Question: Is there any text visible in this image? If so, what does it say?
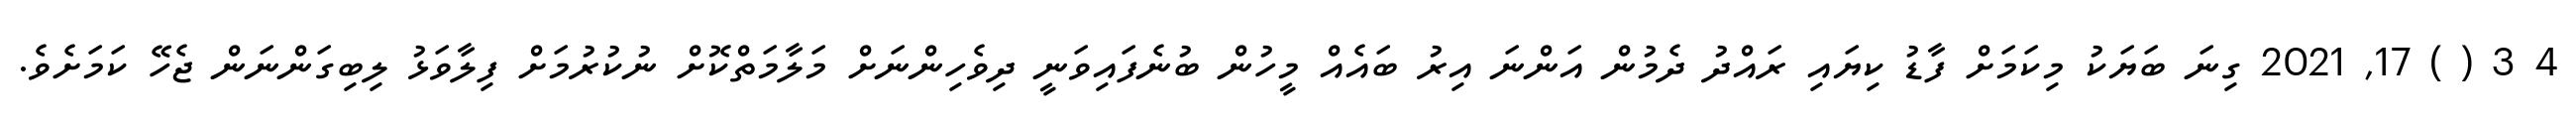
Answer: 4 3 ( ) 17, 2021 ގިނަ ބަޔަކު މިކަމަށް ފާޑު ކިޔައި ރައްދު ދެމުން އަންނަ އިރު ބައެއް މީހުން ބުނެފައިވަނީ ދިވެހިންނަށް މަލާމަތްކޮށް ނުކުރުމަށް ފިލާވަޅު ލިބިގަންނަން ޖެހޭ ކަމަށެވެ.